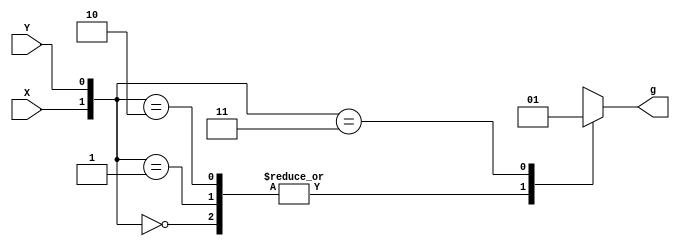
`timescale 1ns / 1ps
//////////////////////////////////////////////////////////////////////////////////
// Company: 
// Engineer: 
// 
// Design Name: 
// Module Name: carry_generation
// Project Name: 
// Target Devices: 
// Tool Versions: 
// Description: 
// 
// Dependencies: 
// 
// Revision:
// Revision 0.01 - File Created
// Additional Comments:
// 
//////////////////////////////////////////////////////////////////////////////////
module carry_generation(
 X,  Y,   g
    );
input X;
input Y;
output reg g ;
  always @ (*)
  begin
  case({X, Y})
  2'b00: g = 1'b0;
  2'b01 : g = 1'b0;
  2'b10 : g = 1'b0;
  2'b11: g = 1'b1  ; 
  default : g = 1'b0;
    endcase
    end
    endmodule